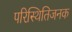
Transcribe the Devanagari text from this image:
परिस्थितिजनक